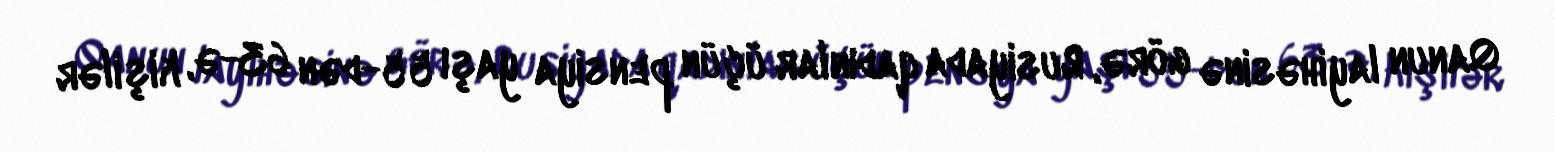
Qanun layihəsinə görə, Rusiyada qadınlar üçün pensiya yaşı 55-dən 63-ə, kişilər